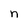
Character: n